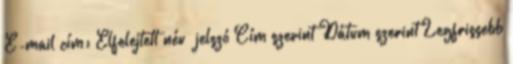
E-mail cím: Elfelejtett név jelszó Cím szerint Dátum szerint Legfrissebb